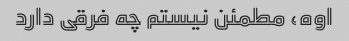
اوه، مطمئن نیستم چه فرقی دارد